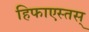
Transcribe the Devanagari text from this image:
हिफाएस्तस्‌